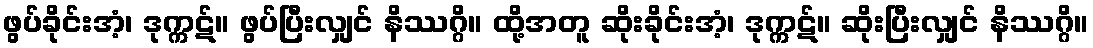
ဖွပ်ခိုင်းအံ့၊ ဒုက္ကဋ်။ ဖွပ်ပြီးလျှင် နိဿဂ္ဂိ။ ထို့အတူ ဆိုးခိုင်းအံ့၊ ဒုက္ကဋ်။ ဆိုးပြီးလျှင် နိဿဂ္ဂိ။